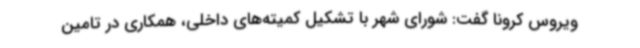
ویروس کرونا گفت: شورای شهر با تشکیل کمیته‌های داخلی، همکاری در تامین